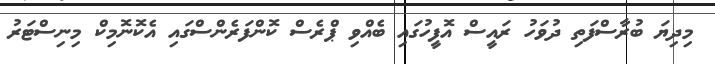
މިދިޔަ ބުރާސްފަތި ދުވަހު ރައީސް އޮފީހުގައި ބެއްވި ޕްރެސް ކޮންފަރެންސްގައި އެކޮނޮމިކް މިނިސްޓަރު